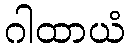
ဂါထာယံ